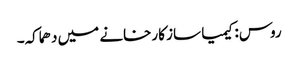
روس: کیمیا ساز کارخانے میں دھماکہ۔